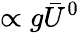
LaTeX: \propto g\bar{U}^{0}